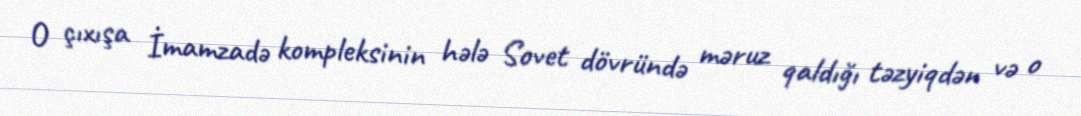
O çıxışa İmamzadə kompleksinin hələ Sovet dövründə məruz qaldığı təzyiqdən və o